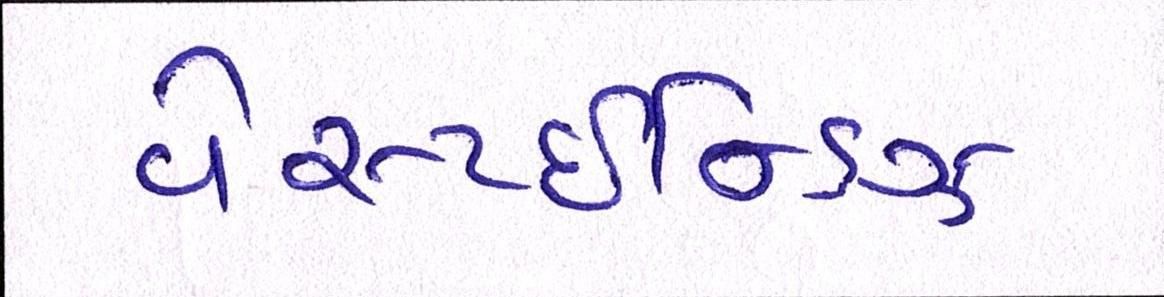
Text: વેસ્ટઈન્ડિઝ